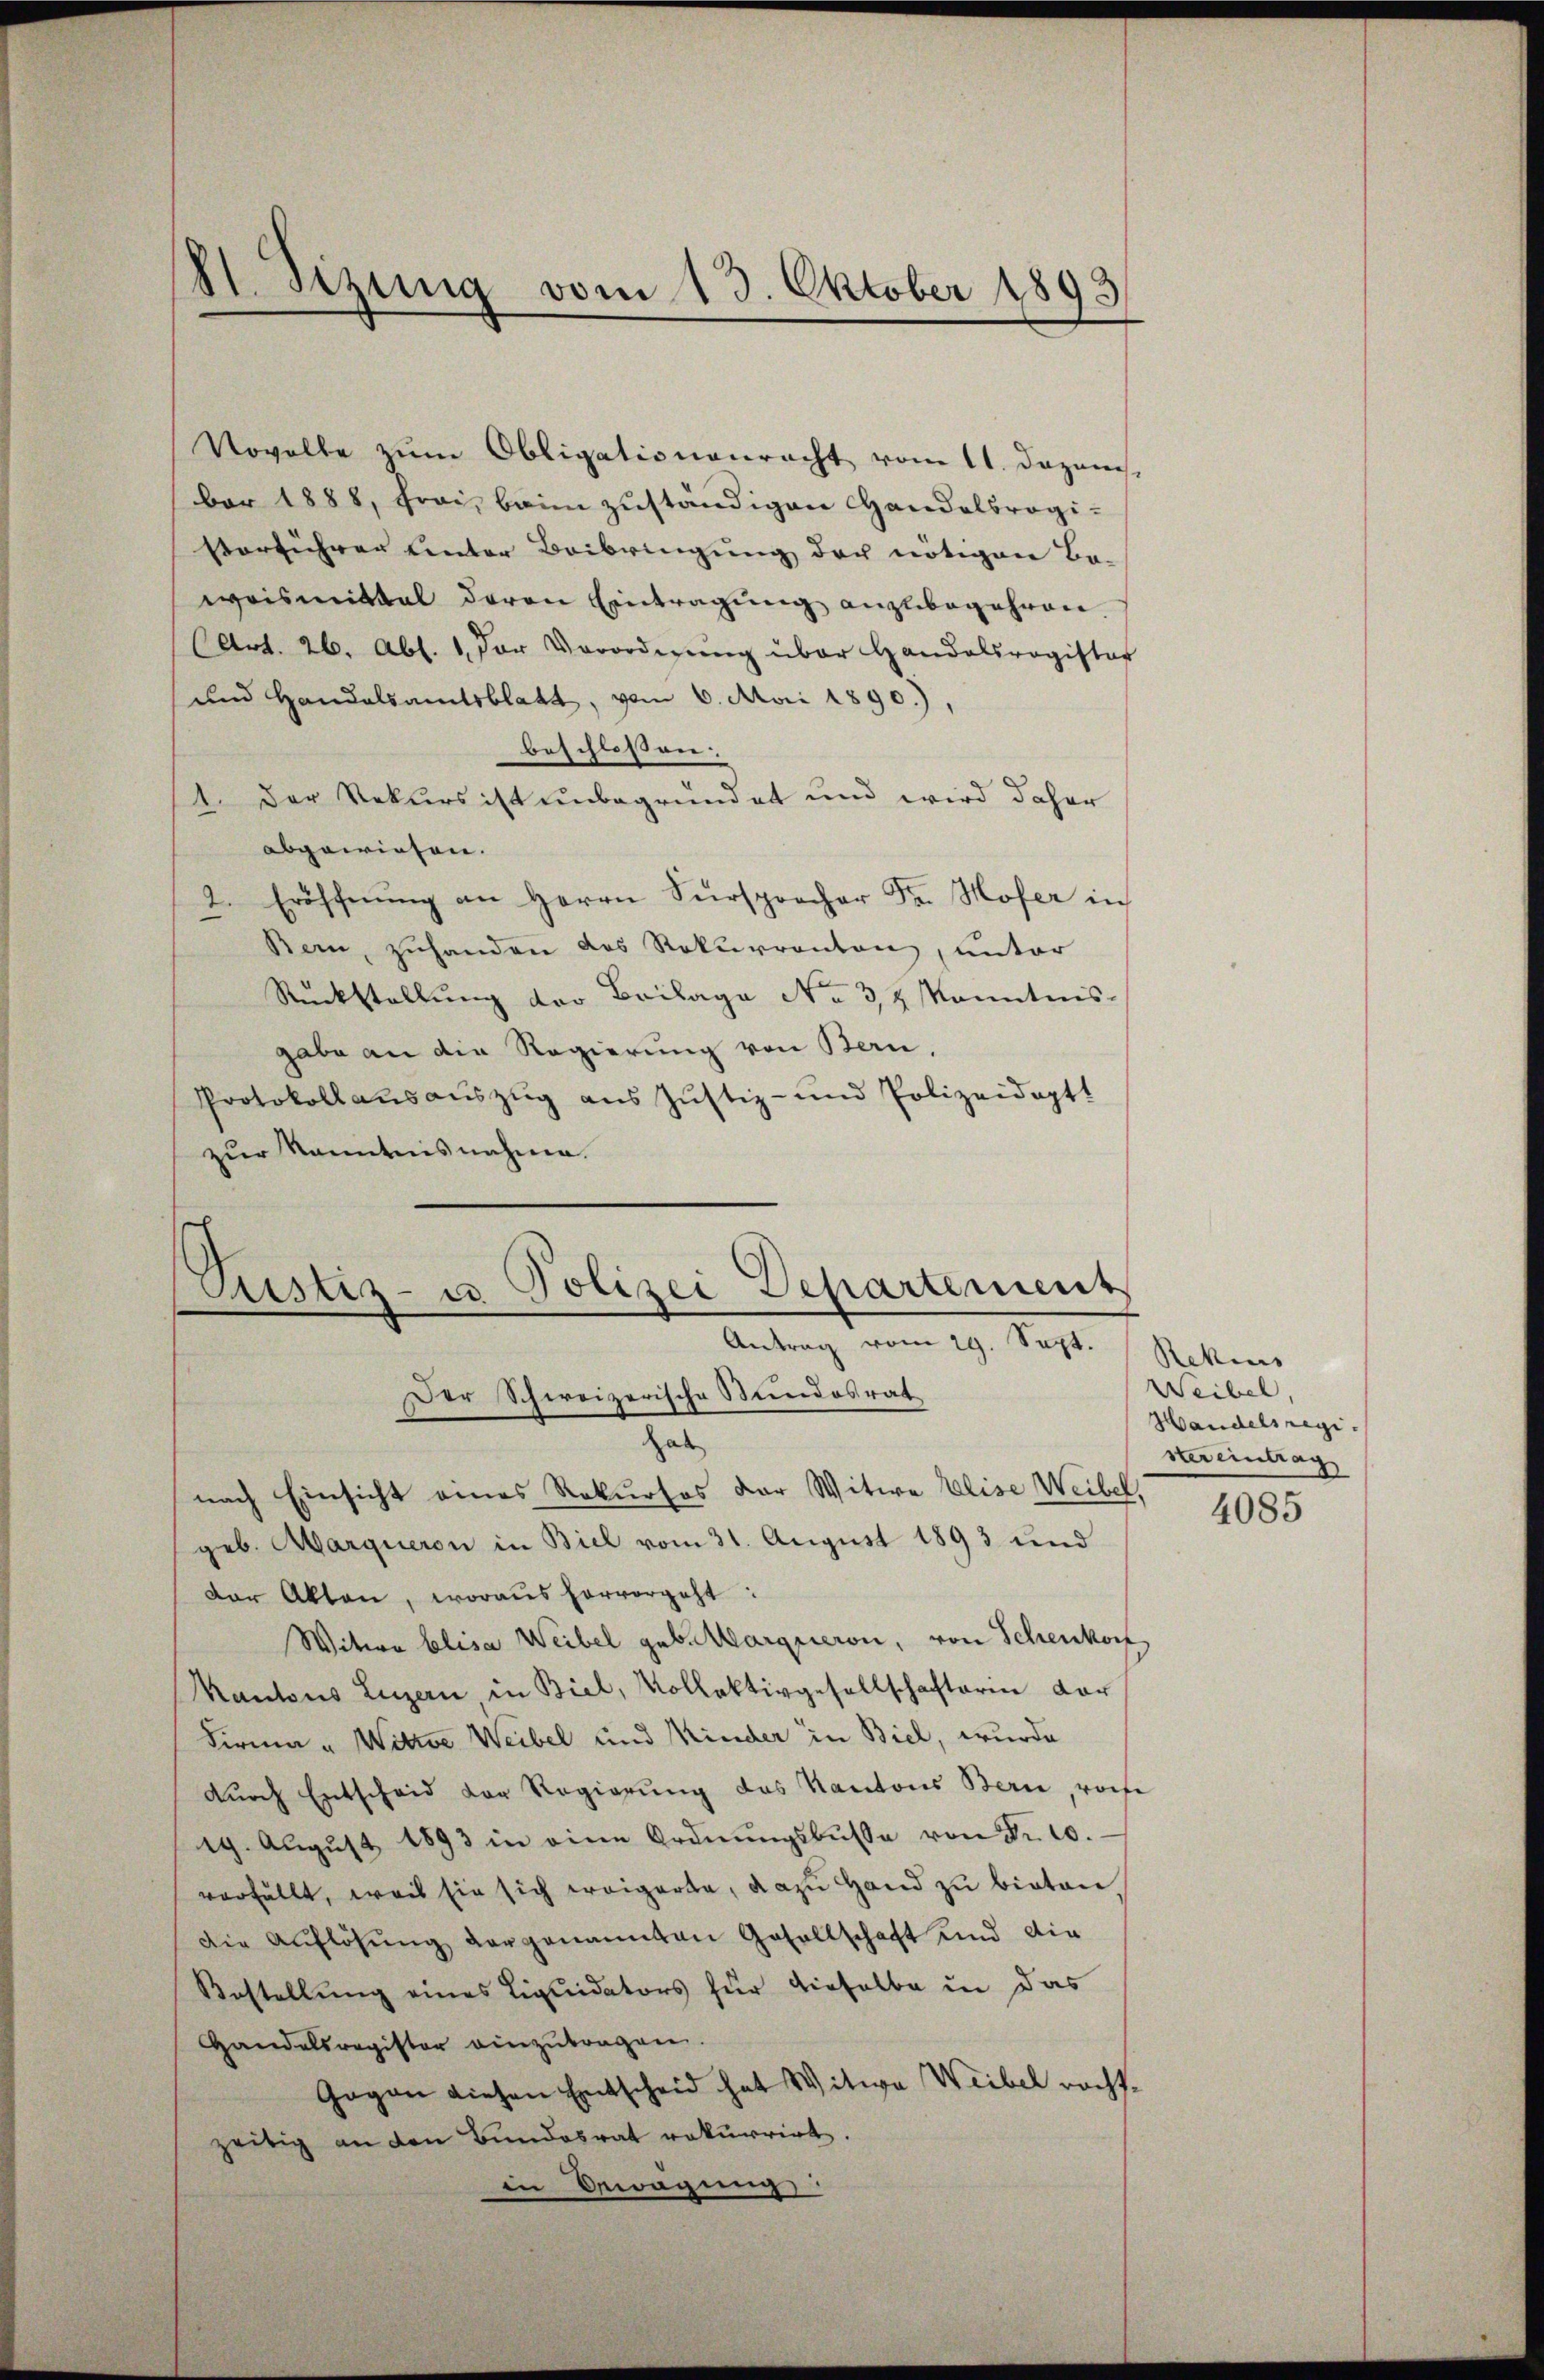
St. Sitzung vom 13. Oktober 1893.

Novelle zum Obligationenrecht vom 11. Dezem
ber 1888, Frei, beim zuständigen Handelsregisorführer unter Beibringung der nötigen Ba-
weismittal daran Eintragung anzubegehren
(Art. 26. Abs. 1. Der Verordnŭng über Handelsregister
und Handelsamtsblatt, vom 6. Mai 1890.),
beschlossen:
1. Der Rekurs ist unbegründet und wird daher
abgewiesen.
2. Eröffnŭng an Herrn Fürsprocher Fr. Hofer in
Bern, zuhanden das Rekurrenten, unter
Rückstellung der Beilage No 32 kanntnis
gabe an die Regierung von Bern,
Protokollausauszug aus Justiz- und Polizeidoptt
zur Kenntnisnahme.

s
Justiz- u Polizei Departement
Antrag vom 29. Sept.
Der Schweizerische Stundesrat

hab
nach Einsicht eines Rekurses der Witwe Elise Weibel,
geb. Marqueron in Biel vom 31. August 1893 und
Der Akten, woraus hervorgeht:
Witwe Elisa Weibel geb. Marqueron, von Schenkor
Kantons Luzern in Biel, Vollektivgesellschafterin dar
Firma „ Witwe Weibel und Kinder in Biel, wurde
dŭrch Entscheid der Regierŭng des Kantons Bern, wofe
19. Aŭgŭst 1893 in eine Ordnŭngsbŭsse von Fr. 10.
verfüllt, weis sie sich weigerte, dazu Hand zu bieten
die Auflösung dargenannten Gesellschaft und die
Bestellung eines Liquidators für dieselbe in das
Handelsregister einzutragen.
Gogen diesen Entscheid hat Witwe Weibel rechtzeitig an den Bundesrat rekurrirt.
in Bewegung

Rekins
Weibel,
Handelsregister eintrag
4085